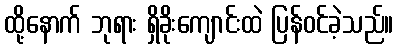
ထို့နောက် ဘုရား ရှိခိုးကျောင်းထဲ ပြန်ဝင်ခဲ့သည်။